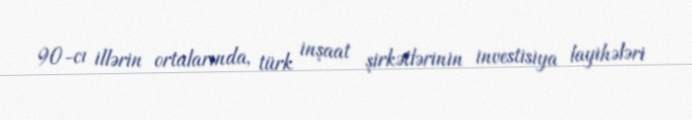
90-cı illərin ortalarında, türk inşaat şirkətlərinin investisiya layihələri